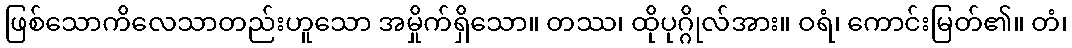
ဖြစ်သောကိလေသာတည်းဟူသော အမှိုက်ရှိသော။ တဿ၊ ထိုပုဂ္ဂိုလ်အား။ ဝရံ၊ ကောင်းမြတ်၏။ တံ၊